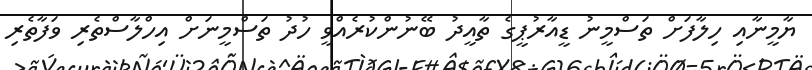
ޔާމީނާއި ހިލާފަށް ތަސްމީނު ޑީއާރުޕީގެ ތާއީދު ބޭނުންކުރެއްވީ ހުދު ތަސްމީނަށް އިހްލާސްތެރި ވަފާތެރި